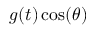
g ( t ) \cos ( \theta )